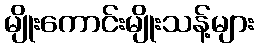
မျိုးကောင်းမျိုးသန့်များ